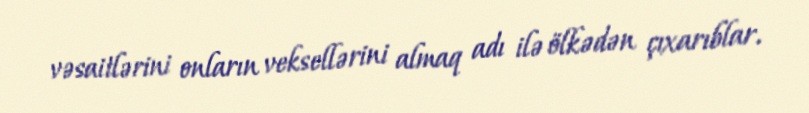
vəsaitlərini onların veksellərini almaq adı ilə ölkədən çıxarıblar.